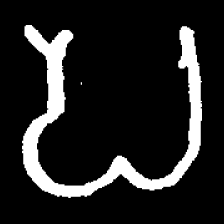
Pyu character \u2014 Myanmar letter: ပ (romanized: pa)